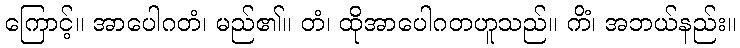
ကြောင့်။ အာပေါဂတံ၊ မည်၏။ တံ၊ ထိုအာပေါဂတဟူသည်။ ကိံ၊ အဘယ်နည်း။